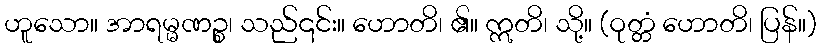
ဟူသော။ အာရမ္မဏဉ္စ၊ သည်၎င်း။ ဟောတိ၊ ၏။ ဣတိ၊ သို့။ (ဝုတ္တံ ဟောတိ၊ ပြန်။)